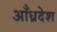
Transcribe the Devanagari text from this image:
आँध्रदेश